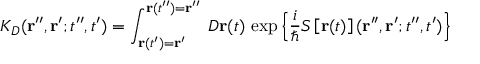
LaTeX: K _ { D } ( { \bf r } ^ { \prime \prime } , { \bf r } ^ { \prime } ; t ^ { \prime \prime } , t ^ { \prime } ) = \int _ { { \bf r } ( t ^ { \prime } ) = { \bf r } ^ { \prime } } ^ { { \bf r } ( t ^ { \prime \prime } ) = { \bf r } ^ { \prime \prime } } \; { \cal D } { \bf r } ( t ) \, \exp \left\{ \frac { i } { \hbar } S \left[ { \bf r } ( t ) \right] ( { \bf r } ^ { \prime \prime } , { \bf r } ^ { \prime } ; t ^ { \prime \prime } , t ^ { \prime } ) \right\} \;